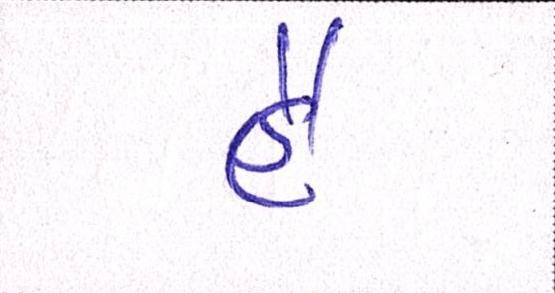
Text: હૈ